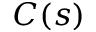
C ( s )